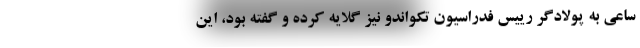
ساعی به پولادگر رییس فدراسیون تکواندو نیز گلایه کرده و گفته بود، این